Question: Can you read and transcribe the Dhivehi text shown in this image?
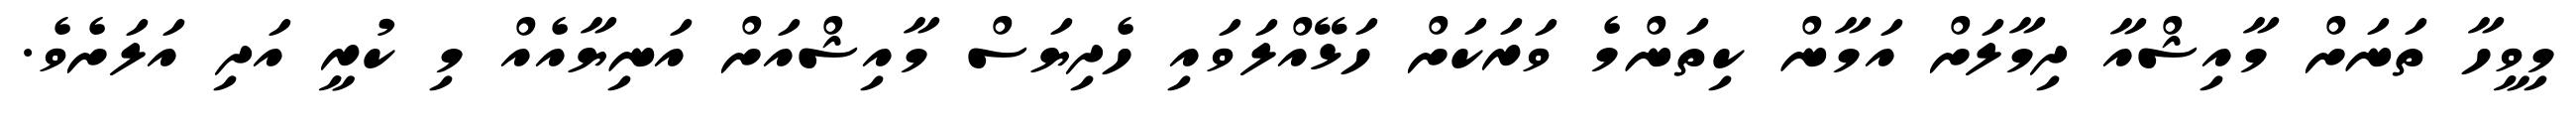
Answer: މިވީހާ ތަނަށް މާއިޝްއާ ދިމާލަށް އަމާން ކިތަންމެ ވަރަކަށް ހަޅޭއްލަވައި ހެދިޔަސް މާއިޝްއަށް އަނިޔާއެއް މި ކުރީ އަދި އަލަށެވެ.